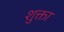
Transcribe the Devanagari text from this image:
शुक्ता